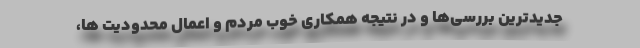
جدیدترین بررسی‌ها و در نتیجه‌ همکاری خوب مردم و اعمال محدودیت ها،